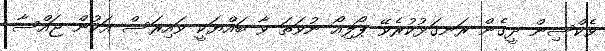
ވެކްސިން ދީގެން ރަނގަޅުކުރެވޭ ޕޯލިއޯ ނުވަތަ ވާ ބައްޔަކީ ވައިރަސް އަކުން ޖައްސާ